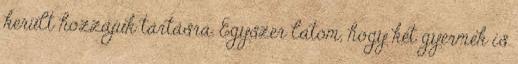
került hozzájuk tartásra. Egyszer látom, hogy két gyermek is